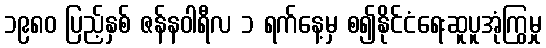
၁၉၈၀ ပြည့်နှစ် ဇန်နဝါရီလ ၁ ရက်နေ့မှ စ၍နိုင်ငံရေးဆူပူအုံကြွမှု